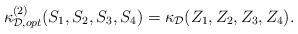
LaTeX: \begin{align*}\kappa_{\mathcal{D},opt}^{(2)}(S_1,S_2,S_3,S_4)=\kappa_{\mathcal{D}}(Z_1,Z_2,Z_3,Z_4).\end{align*}